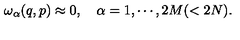
\omega _ { \alpha } ( q , p ) \approx 0 , \quad \alpha = 1 , \cdots , 2 M ( < 2 N ) .